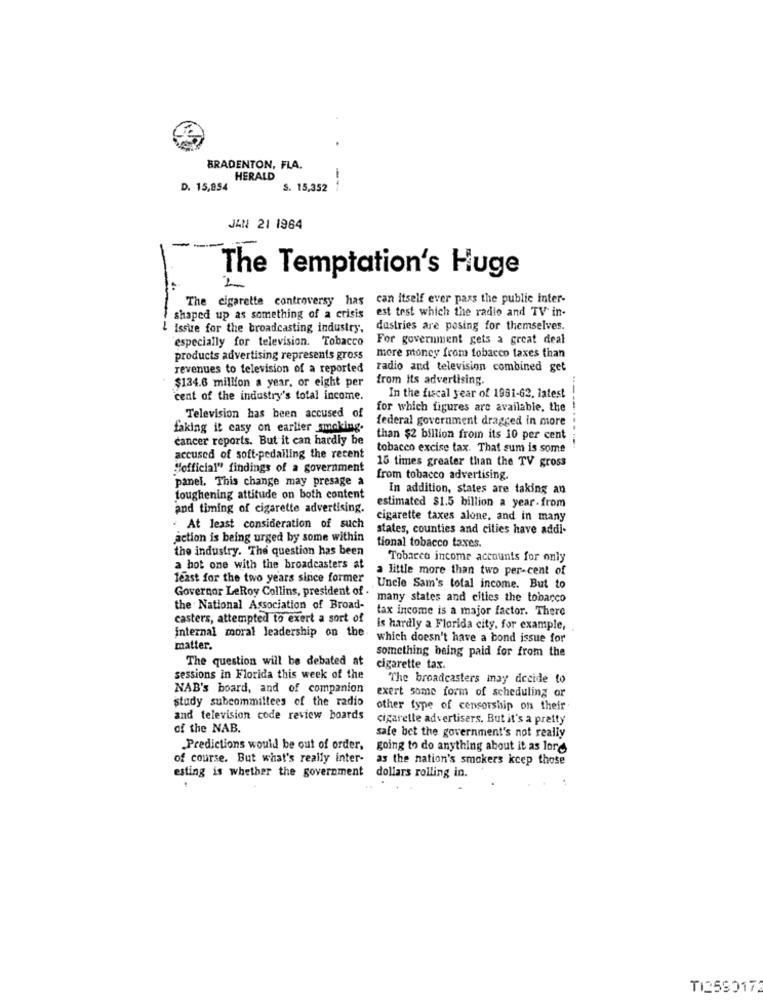
BRADENTON, FLA.
HERALD
D. 15,854
S. 15,352
JAN 21 1964
-
The Temptation's Huge
2
The cigarette controversy has can itself ever pass the public inter-
est test which the radio and TV in-
--
shaped up as something of a crisis
Issize for the broadcasting industry.
dustries are posing for themselves.
`especially for television. Tobacco
For government gets a great deal
products advertising represents gross
more money from tobacco taxes than
revenues to television of a reported radio and television combined get
$134.6 million a year, or eight per
from Its advertising.
cent of the industry's total income.
In the fiscal year of 1981-62. latest
for which figures are available, the
--.
Television has been accused of
federal government dragged in more
faking it easy on earlier smoking.
cancer reports. But it can hardly be
than $2 billion from its 10 per cent
tobacco excise tax. That sum is some
accused of soft-pedailing the recent
15 times greater than the TV gross
"official" findings of a government
panel. This change may presage a
from tobacco advertising.
In addition, states are taking an
toughening attitude on both content
and timing of cigarette advertising.
estimated $1.5 billion a year-from
cigarette taxes alone, and in many
. At least consideration of such
states, counties and cities have addi-
action is being urged by some within
the industry. The question has been
tional tobacco taxes.
Tobacco income accounts for only
a hot one with the broadcasters at
a little more than two per-cent of
feast for the two years since former
Governor LeRoy Collins, president of .
Uncle Sam's total income. But to
many states and cities the tobacco
the National Association of Broad-
tax income is a major factor. There
casters, attempted to exert a sort of
internal moral leadership on the.
is hardly a Florida city, for example,
which doesn't have a bond issue for
matter.
something being paid for from the
The question will be debated at
cigarette tax.
sessions in Florida this week of the
The broadcasters may decide to
NAB's board, and of companion
study subcommittees of the radio
exert some form of scheduling or
other type of censorship on their
and television code review boards
cigarette advertisers. But it's a pretty
of the NAB.
safe bet the government's not really
Predictions would be out of order.
going to do anything about it as lord
of course. But what's really inter-
as the nation's smokers kcep those
esting is whether the government
dollars rolling in.
TI259017